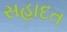
સહાદત